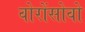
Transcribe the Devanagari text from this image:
वोरोंसोवो